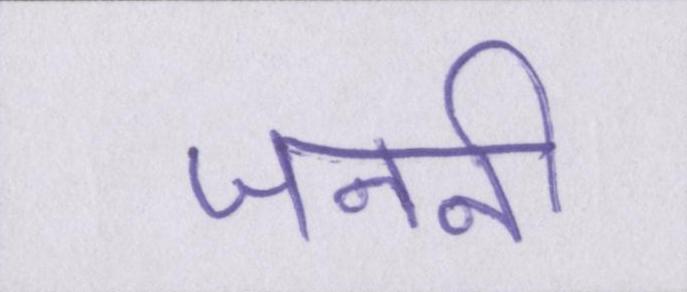
जननी